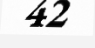
42